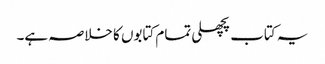
یہ کتاب پچھلی تمام کتابوں کا خلاصہ ہے۔